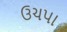
ઉચપા